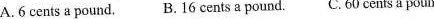
A.6 cents a pound. B.16 cents a pound. C.60 cents a pound.